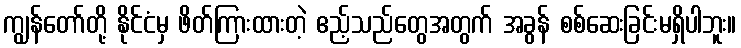
ကျွန်တော်တို့ နိုင်ငံမှ ဖိတ်ကြားထားတဲ့ ဧည့်သည်တွေအတွက် အခွန် စစ်ဆေးခြင်းမရှိပါဘူး။